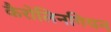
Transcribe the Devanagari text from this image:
कैरोलिनगियन